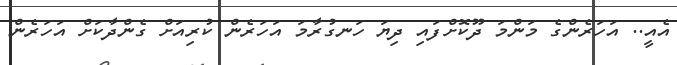
އެއީ.. އަހަރެންގެ މަންމަ ދޫކޮށްފައި ދިޔަ ހަނގުރާމަ އަހަރެން ކުރިއަށް ގެންދާކަށް އަހަރެން